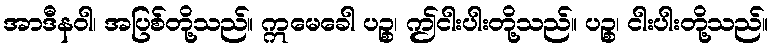
အာဒီနဝါ၊ အပြစ်တို့သည်။ ဣမေခေါ ပဉ္စ၊ ဤငါးပါးတို့သည်။ ပဉ္စ၊ ငါးပါးတို့သည်။